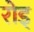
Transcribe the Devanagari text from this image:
रोड्